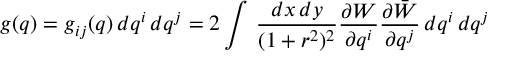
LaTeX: g ( q ) = g _ { i j } ( q ) \, d q ^ { i } \, d q ^ { j } = 2 \int \, \frac { d x \, d y } { ( 1 + r ^ { 2 } ) ^ { 2 } } \frac { \partial W } { \partial q ^ { i } } \frac { \partial \bar { W } } { \partial q ^ { j } } \, d q ^ { i } \, d q ^ { j }